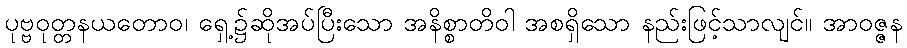
ပုဗ္ဗဝုတ္တနယတောဝ၊ ရှေ့၌ဆိုအပ်ပြီးသော အနိစ္စာတိဝါ အစရှိသော နည်းဖြင့်သာလျင်။ အာဝဇ္ဇန